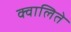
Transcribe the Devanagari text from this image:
क्वालिते